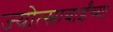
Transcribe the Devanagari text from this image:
ज्योत्स्नाबाईंच्या